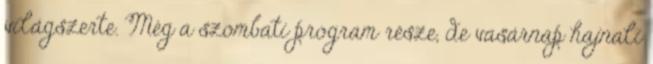
világszerte. Még a szombati program része, de vasárnap hajnali